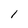
Character: 1